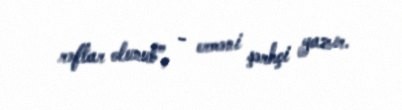
rəftar olunub”, - erməni şərhçi yazır.